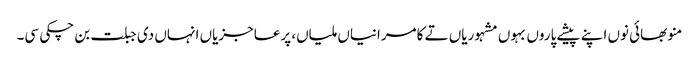
منو بھائی نوں اپنے پیشے پاروں بہوں مشہوریاں تے کامرانیاں ملیاں، پرعاجزیاں انہاں دی جبلت بن چکی سی۔